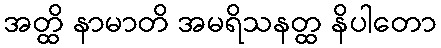
အတ္ထိ နာမာတိ အမရိသနတ္ထ နိပါတော